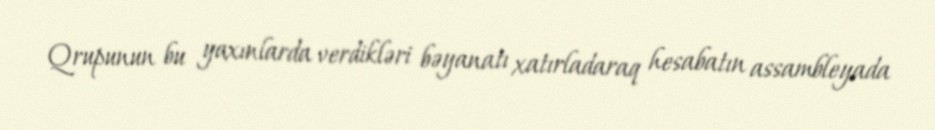
Qrupunun bu yaxınlarda verdikləri bəyanatı xatırladaraq hesabatın assambleyada